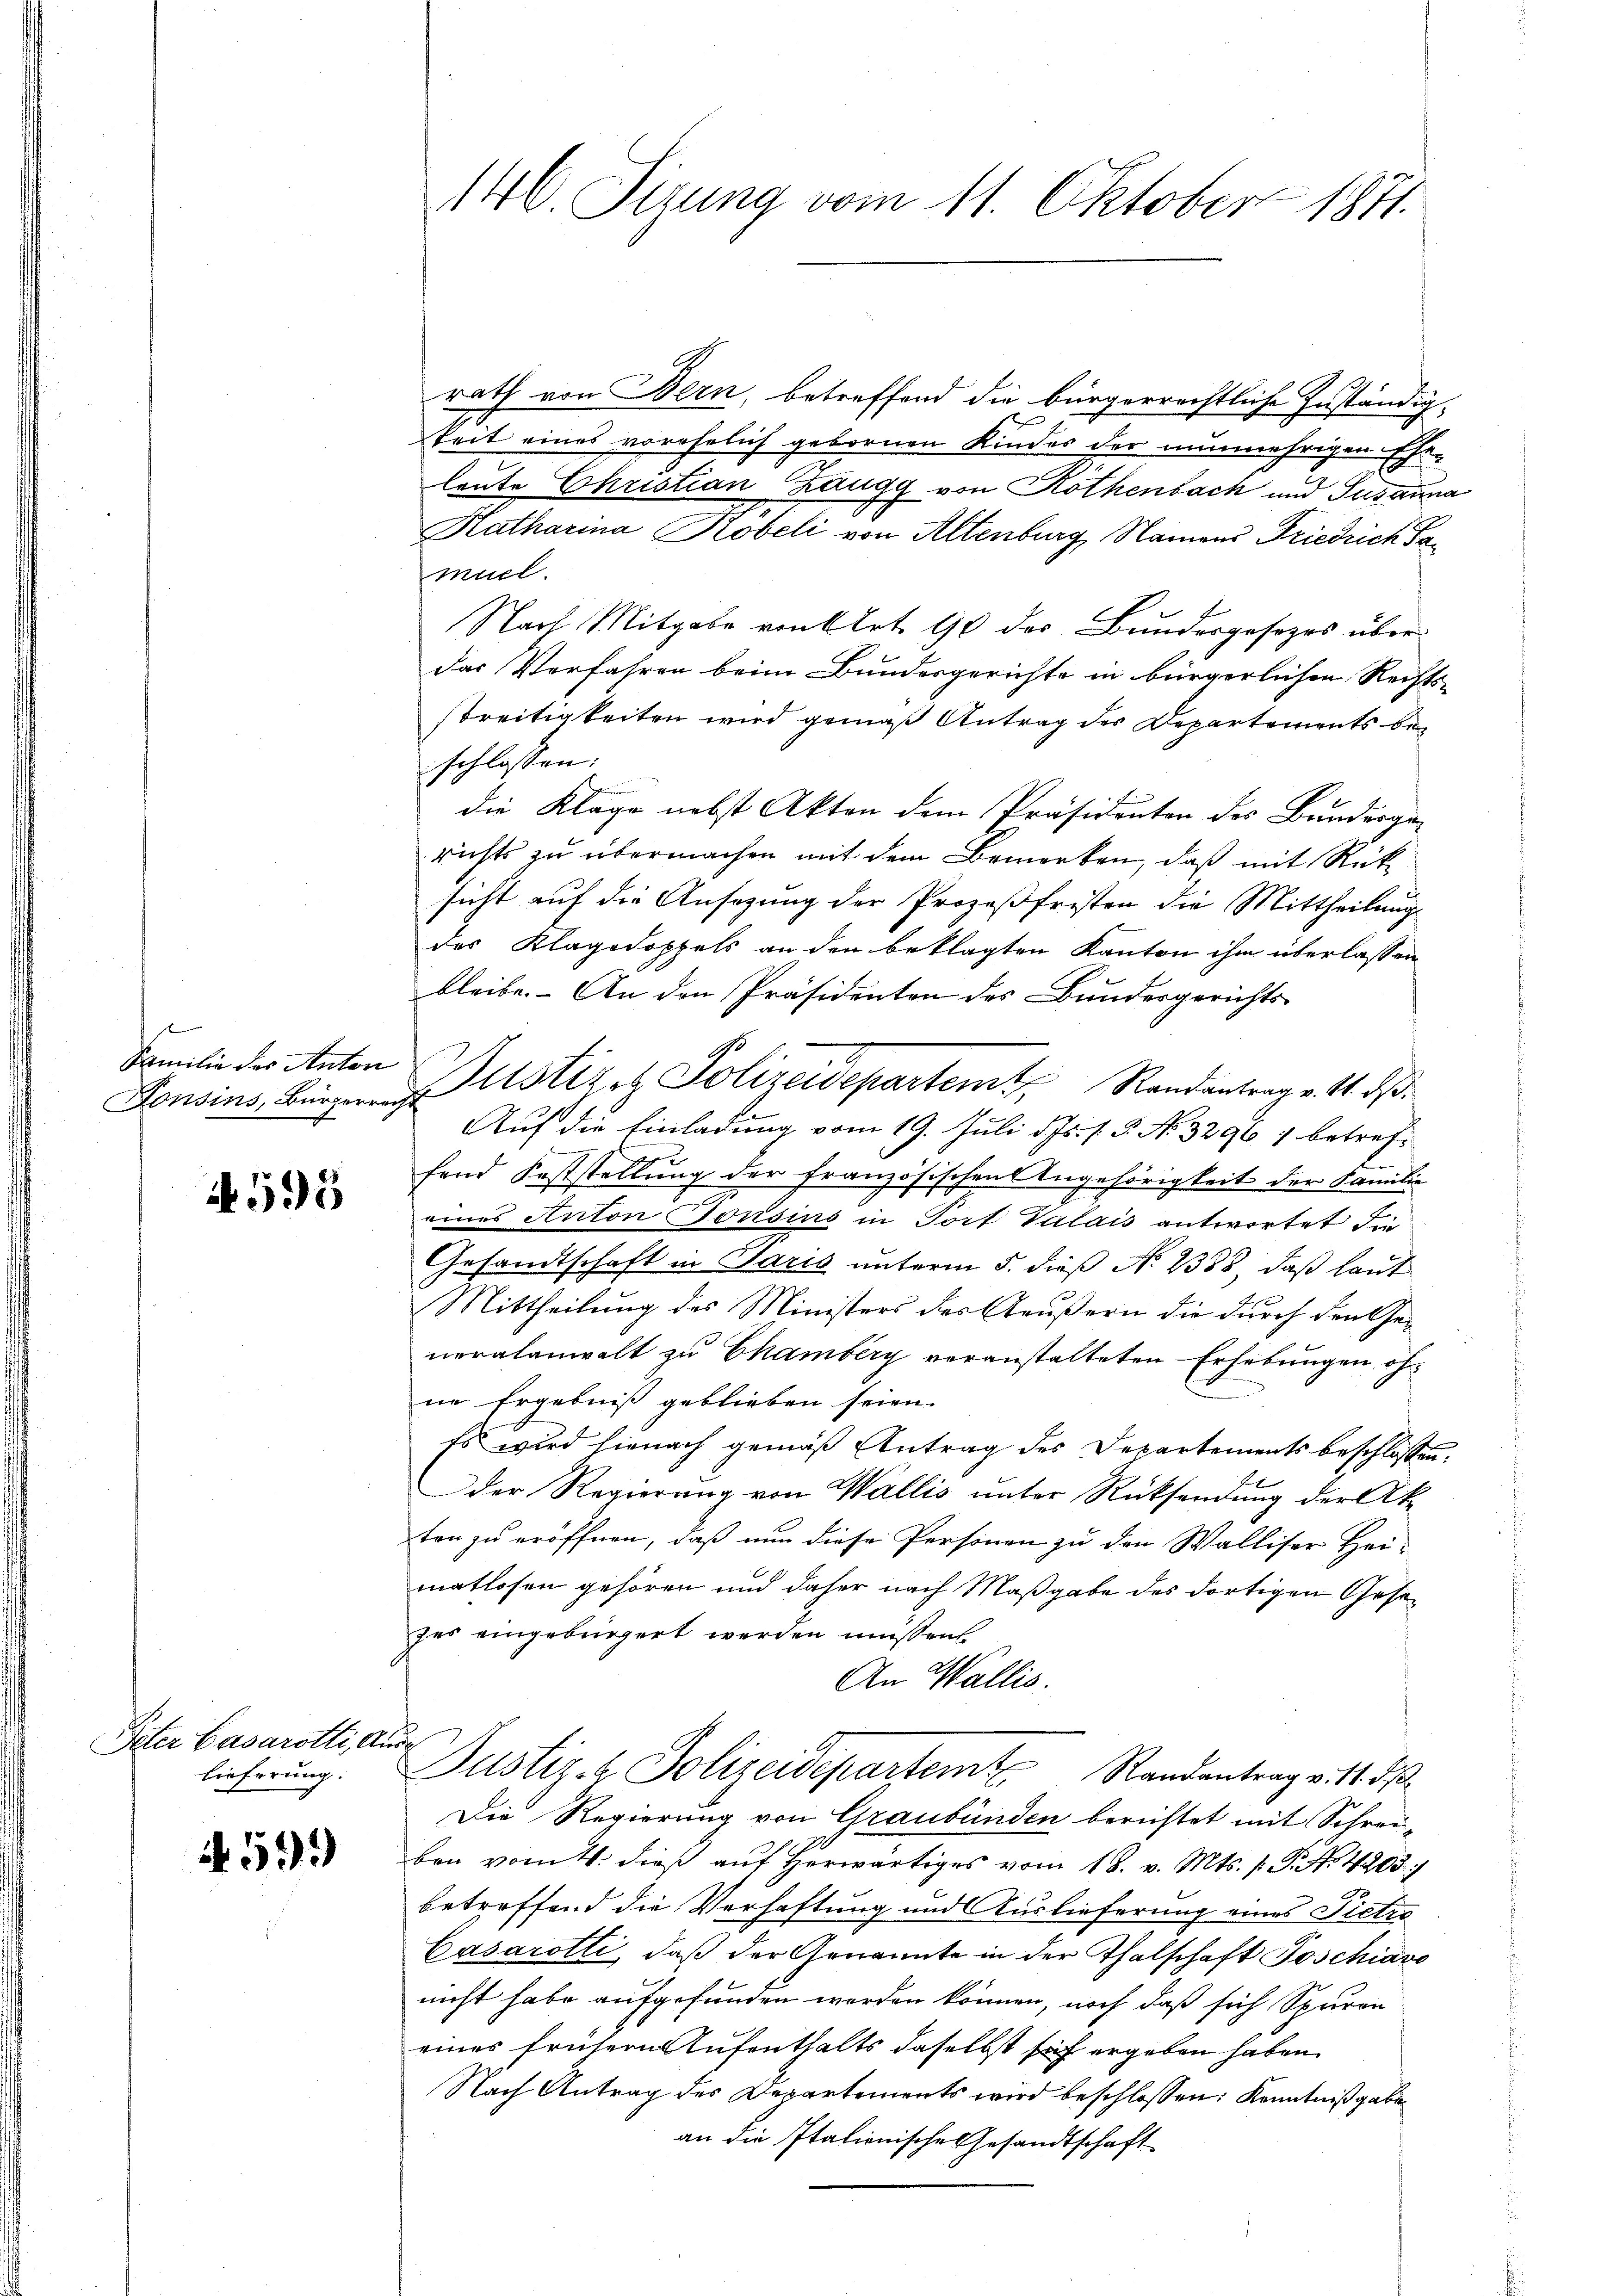
f
Familie des Anton
Fonsins, Bürgerrei

A 595

Peter Casarotti, An
lieferung.

599

146. Sizung vom 11. Oktober 1871.

rath von Bern, betreffend die bürgerrechtliche Zuständigkeit eines vorehelich gebornen Kindes der nunmehrigen Ehe-
leute Christian Zaugg von Rothenbach und Susanna
Katharina Robeli von Altenburg, Namens Friedrich Sa
muel.
Nach Mitgabe von Art. 90 des Bundesgesezes über
das Verfahren beim Bundesgerichte in bürgerlichen Rechts-
streitigkeiten wird gemäß Antrag des Departements beschlossen:
die Klage nebst Akten dem Präsidenten des Bundesge-
richts zu übermachen mit dem Bemerken, daß mit Rücksicht auf die Ansagung der Prozeßfristen die Mittheilung
des Klagedoppels an den beklagten Kanton ihm überlassen
bleibe. An den Präsidenten des Bundesgerichts-
G.
Justizen Polizeidepartem Randantrag v. 11. ds.
7
Auf die Einladung vom 19. Juli d. Js. s. 5. No. 3296 1 betreffend Feststellung der Französischen Angehörigkeit der Familie
eines Anton Torsins in Port Valais antwortet die
Gesandtschaft in Paris unterm 5. dieß No 2388, daß laut
Mittheilung des Ministers des Aeußern die durch den Generalanwalt zu Chamberg veranstalteten Erhebungen öfne Ergebniß geblieben seien.
Es wird hienach gemäß Antrag des Departements beschlossen:
der Regierung von Wallis unter Rücksendung der Akten zu eröffnen, daß nun diese Personen zu den Walliser Hei-
matlosen gehören und daher nach Maßgabe des dortigen Gesezes eingebürgert werden müssen
An Wallis.
Justiz- & Polizeidepartem Randantrag v. 14. ds.
5
Die Regierung von Graubünden berichtet mit Schreiben vom 4. dieß auf herwärtiges vom 18. v. Mts. p. P. Nr. 4203/
betreffend die Verhaftung und Auslieferung eines Pietro
Casarotti, daß der Genannte in der Thalschaft Poschiavo
nicht habe aufgefunden werden können, noch daß sich Spuren
eines frühern Aufenthalts daselbst sich ergeben haben.
Nach Antrag des Departements wird beschlossen: Kenntniß gebe
an die Italienische Gesandtschaft